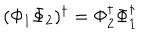
( \Phi _ { 1 } \Phi _ { 2 } ) ^ { \dagger } = \Phi _ { 2 } ^ { \dagger } \Phi _ { 1 } ^ { \dagger }